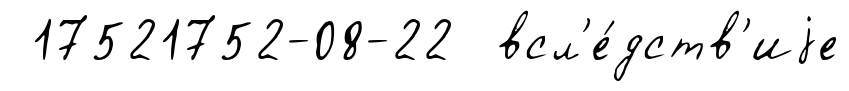
17521752-08-22 всл'е́дств'иjе